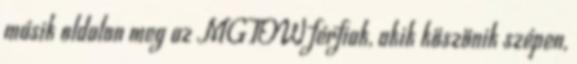
másik oldalon meg az MGTOW férfiak, akik köszönik szépen,